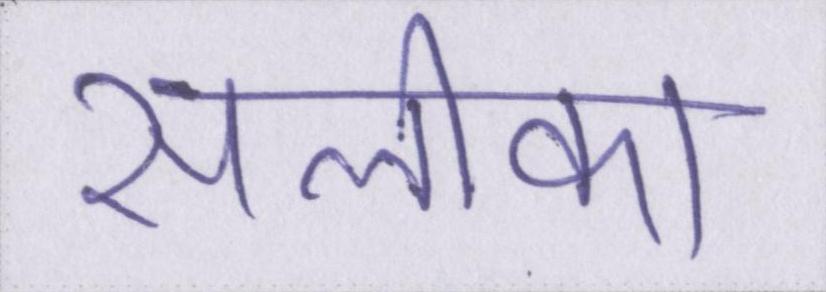
सलीका